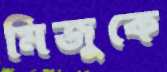
মিজুকে